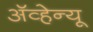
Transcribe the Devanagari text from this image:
अॅव्हेन्यू